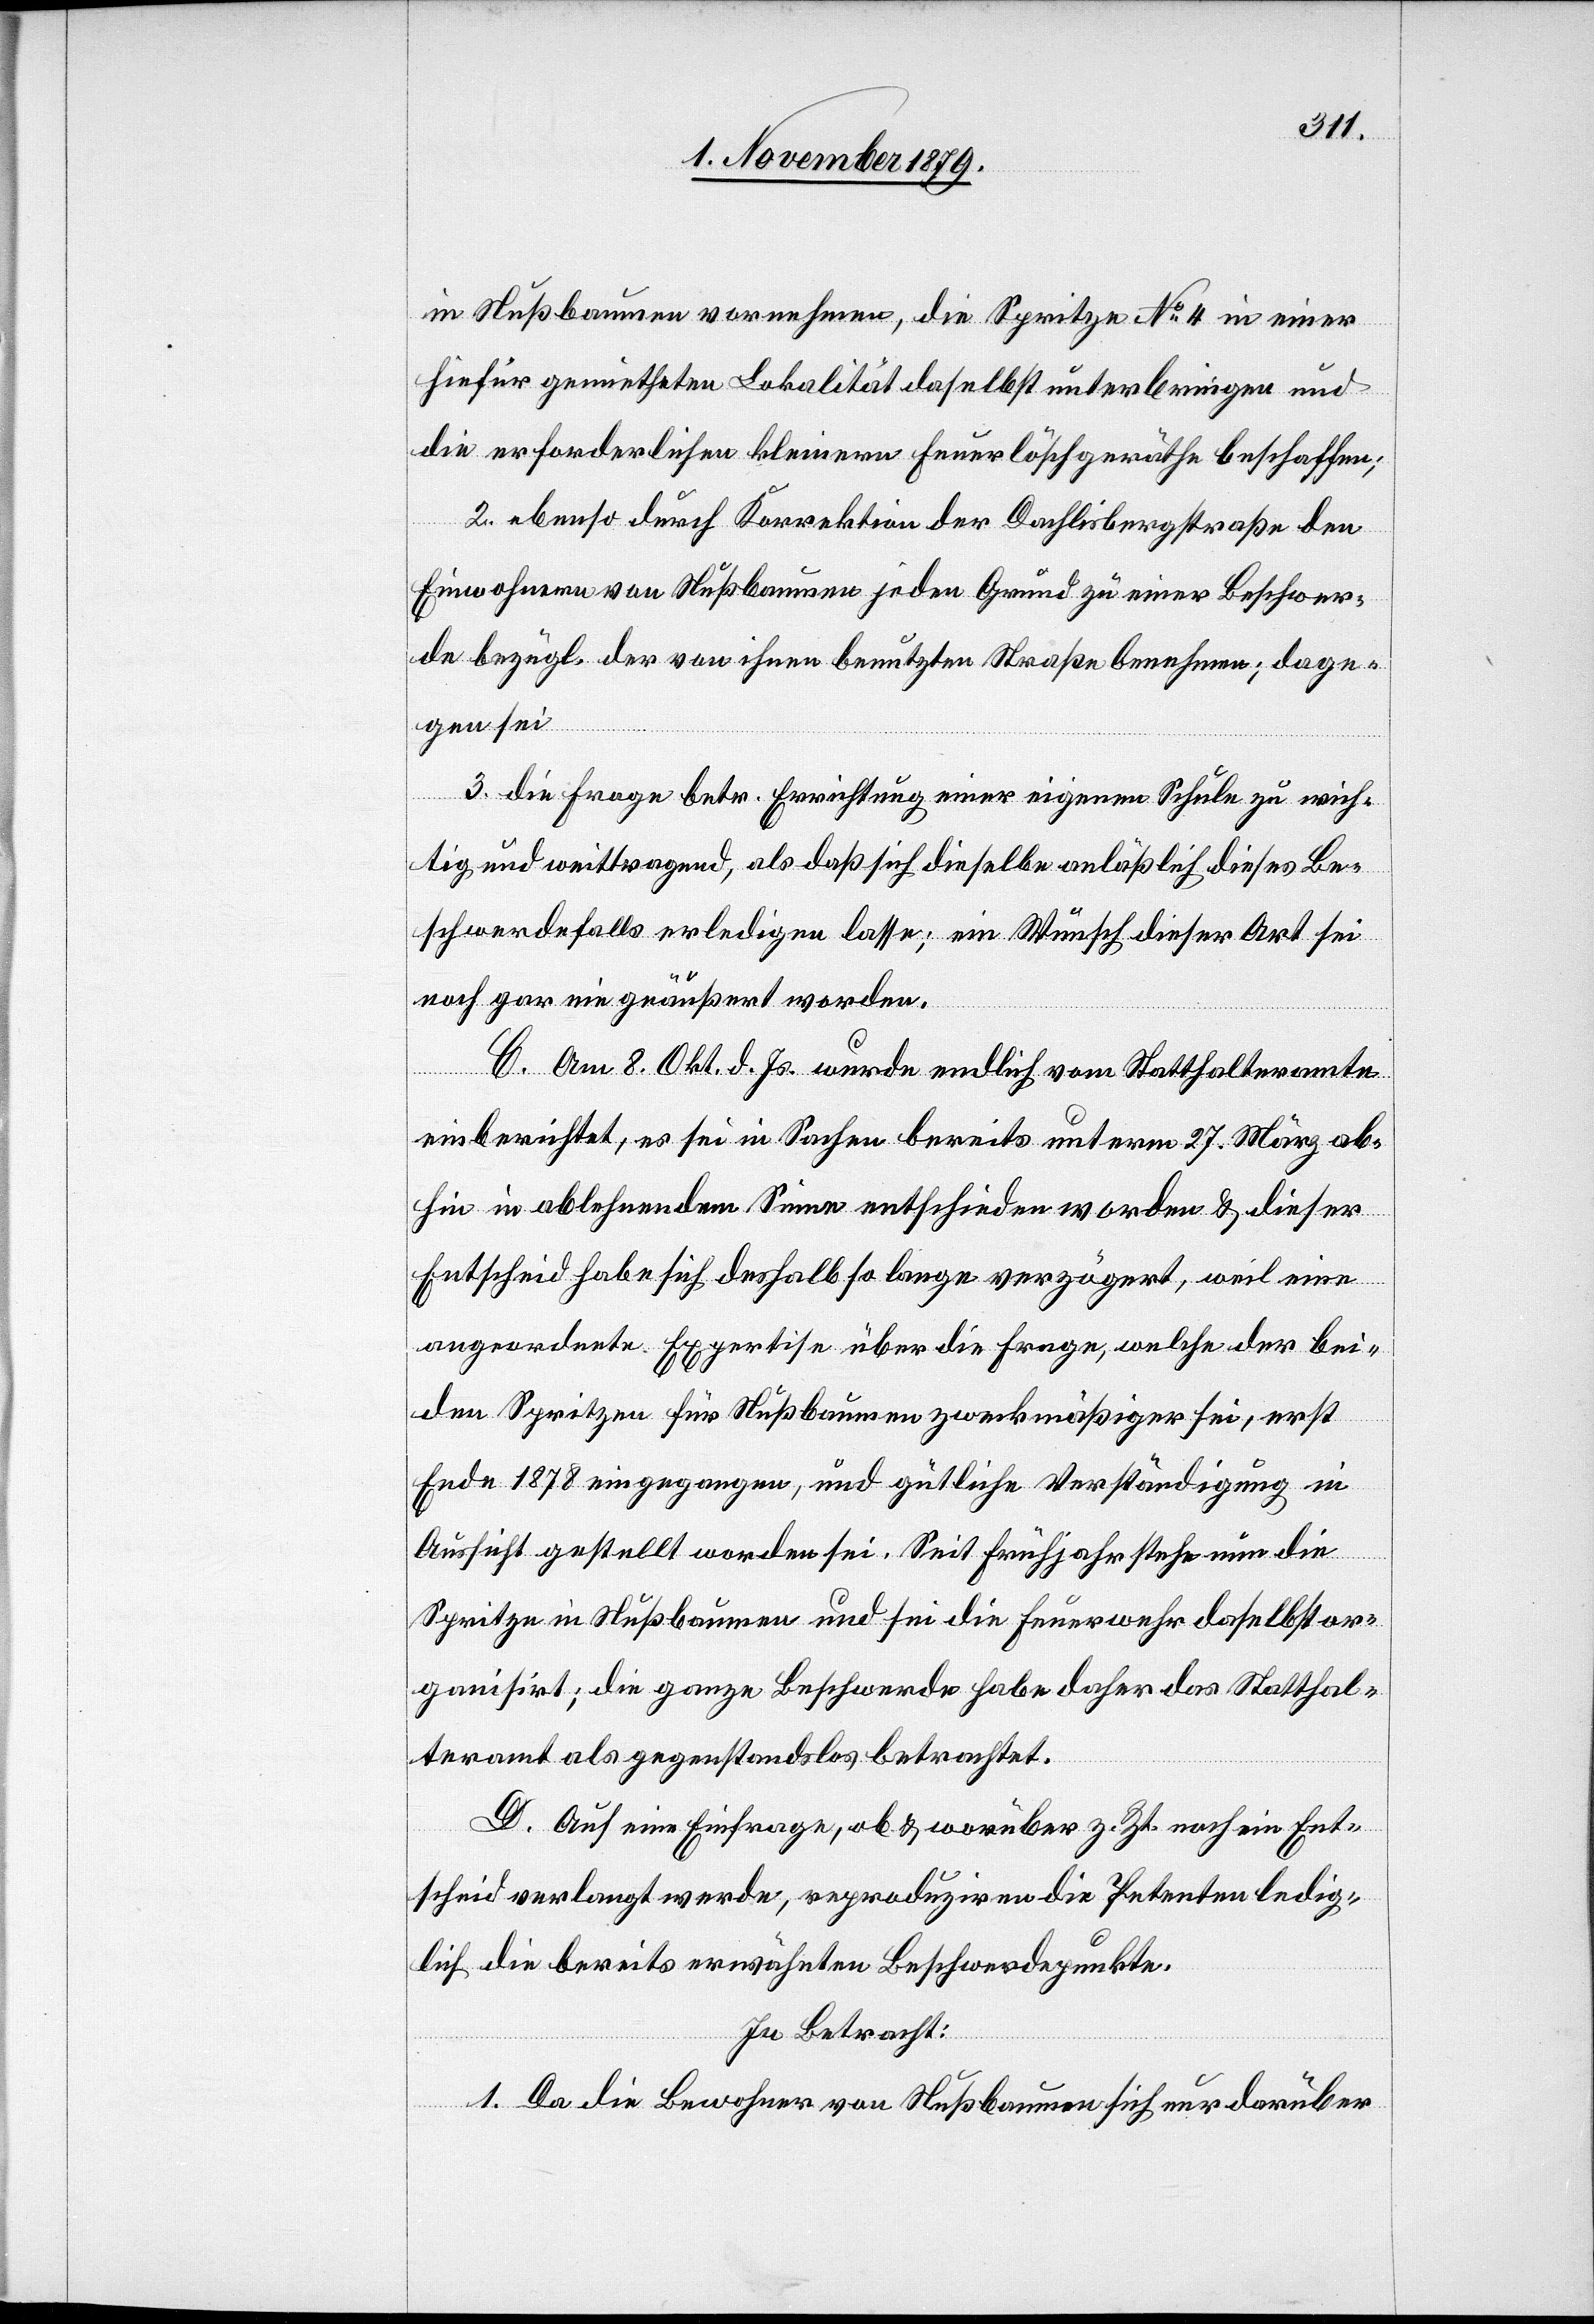
in Nußbaumen vornehmen, die Spritze No 4 in einer
hiefür gemietheten Lokalität daselbst unterbringen und
die erforderlichen kleinern Feuerlöschgeräthe beschaffen;
2. ebenso durch Korrektion der Dachlisbergstraße den
Einwohnern von Nußbaumen jeden Grund zu einer Beschwer¬
de bezügl. der von ihnen benutzten Straße benehmen; dage¬
gen sei
3. die Frage betr. Errichtung einer eigenen Schule zu wich¬
tig und weittragend, als daß sich derselbe anläßlich dieses Be¬
schwerdefalls erledigen lasse; ein Wunsch dieser Art sei
noch gar nie geäußert worden.
C. Am 8. Okt. d. Js wurde endlich vom Statthalteramte
einberichtet, es sei in Sachen bereits unterm 27. März ab¬
hin in ablehnendem Sinne entschieden worden & dieser
Entscheid habe sich deshalb so lange verzögert, weil eine
angeordnete Expertise über die Frage, welche der bei¬
den Spritzen für Nußbaumen zweckmäßiger sei, erst
Ende 1878 eingegangen, und güthliche Verständigung in
Aussicht gestellt worden sei. Seit Frühjahr stehe nun die
Spritze in Nußbaumen und sei die Feuerwehr daselbst or¬
ganisirt; die ganze Beschwerde habe daher das Statthal¬
teramt als gegenstandslos betrachtet.
D. Auf eine Einfrage, ob & worüber z. Zt. noch ein Ent¬
scheid verlangt werde, reproduziren die Petenten ledig¬
lich die bereits erwähnten Beschwerdepunkte.
In Betracht:
1. Da die Bewohner von Nußbaumen sich nur darüber